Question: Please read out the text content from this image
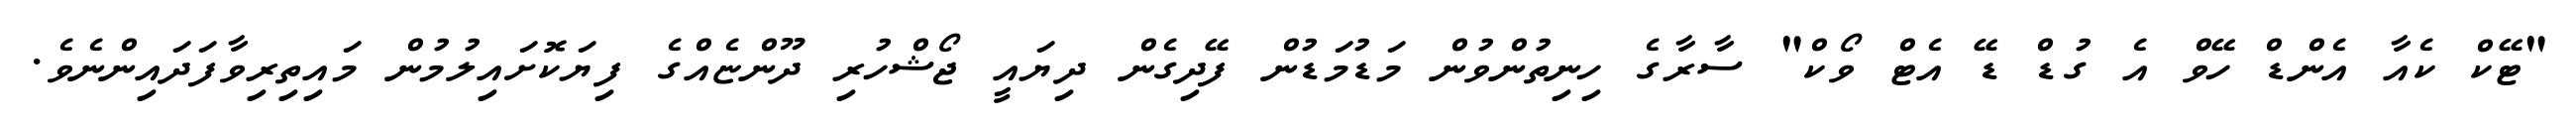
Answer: "ޓޭކް ކެއާ އެންޑް ހޭވް އެ ގުޑް ޑޭ އެޓް ވޯކް" ސާރާގެ ހިނިތުންވުން މަޑުމަޑުން ފޭދިގެން ދިޔައީ ޖޯޝްހުރި ދޫންޏެއްގެ ފިޔަކޮށައިލުމުން މައިތިރިވާފަދައިންނެވެ.